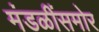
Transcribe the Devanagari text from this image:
मंडळींसमोर